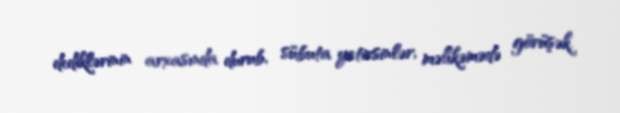
dediklərinin arxasında durub, sübuta yetirsinlər, məhkəmədə görüşək.